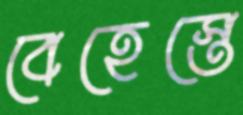
বেহেস্তে